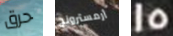
حرق أرمسترونج 15